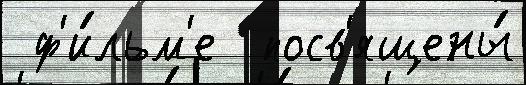
 ф'и́льм'е  посв'ящены́